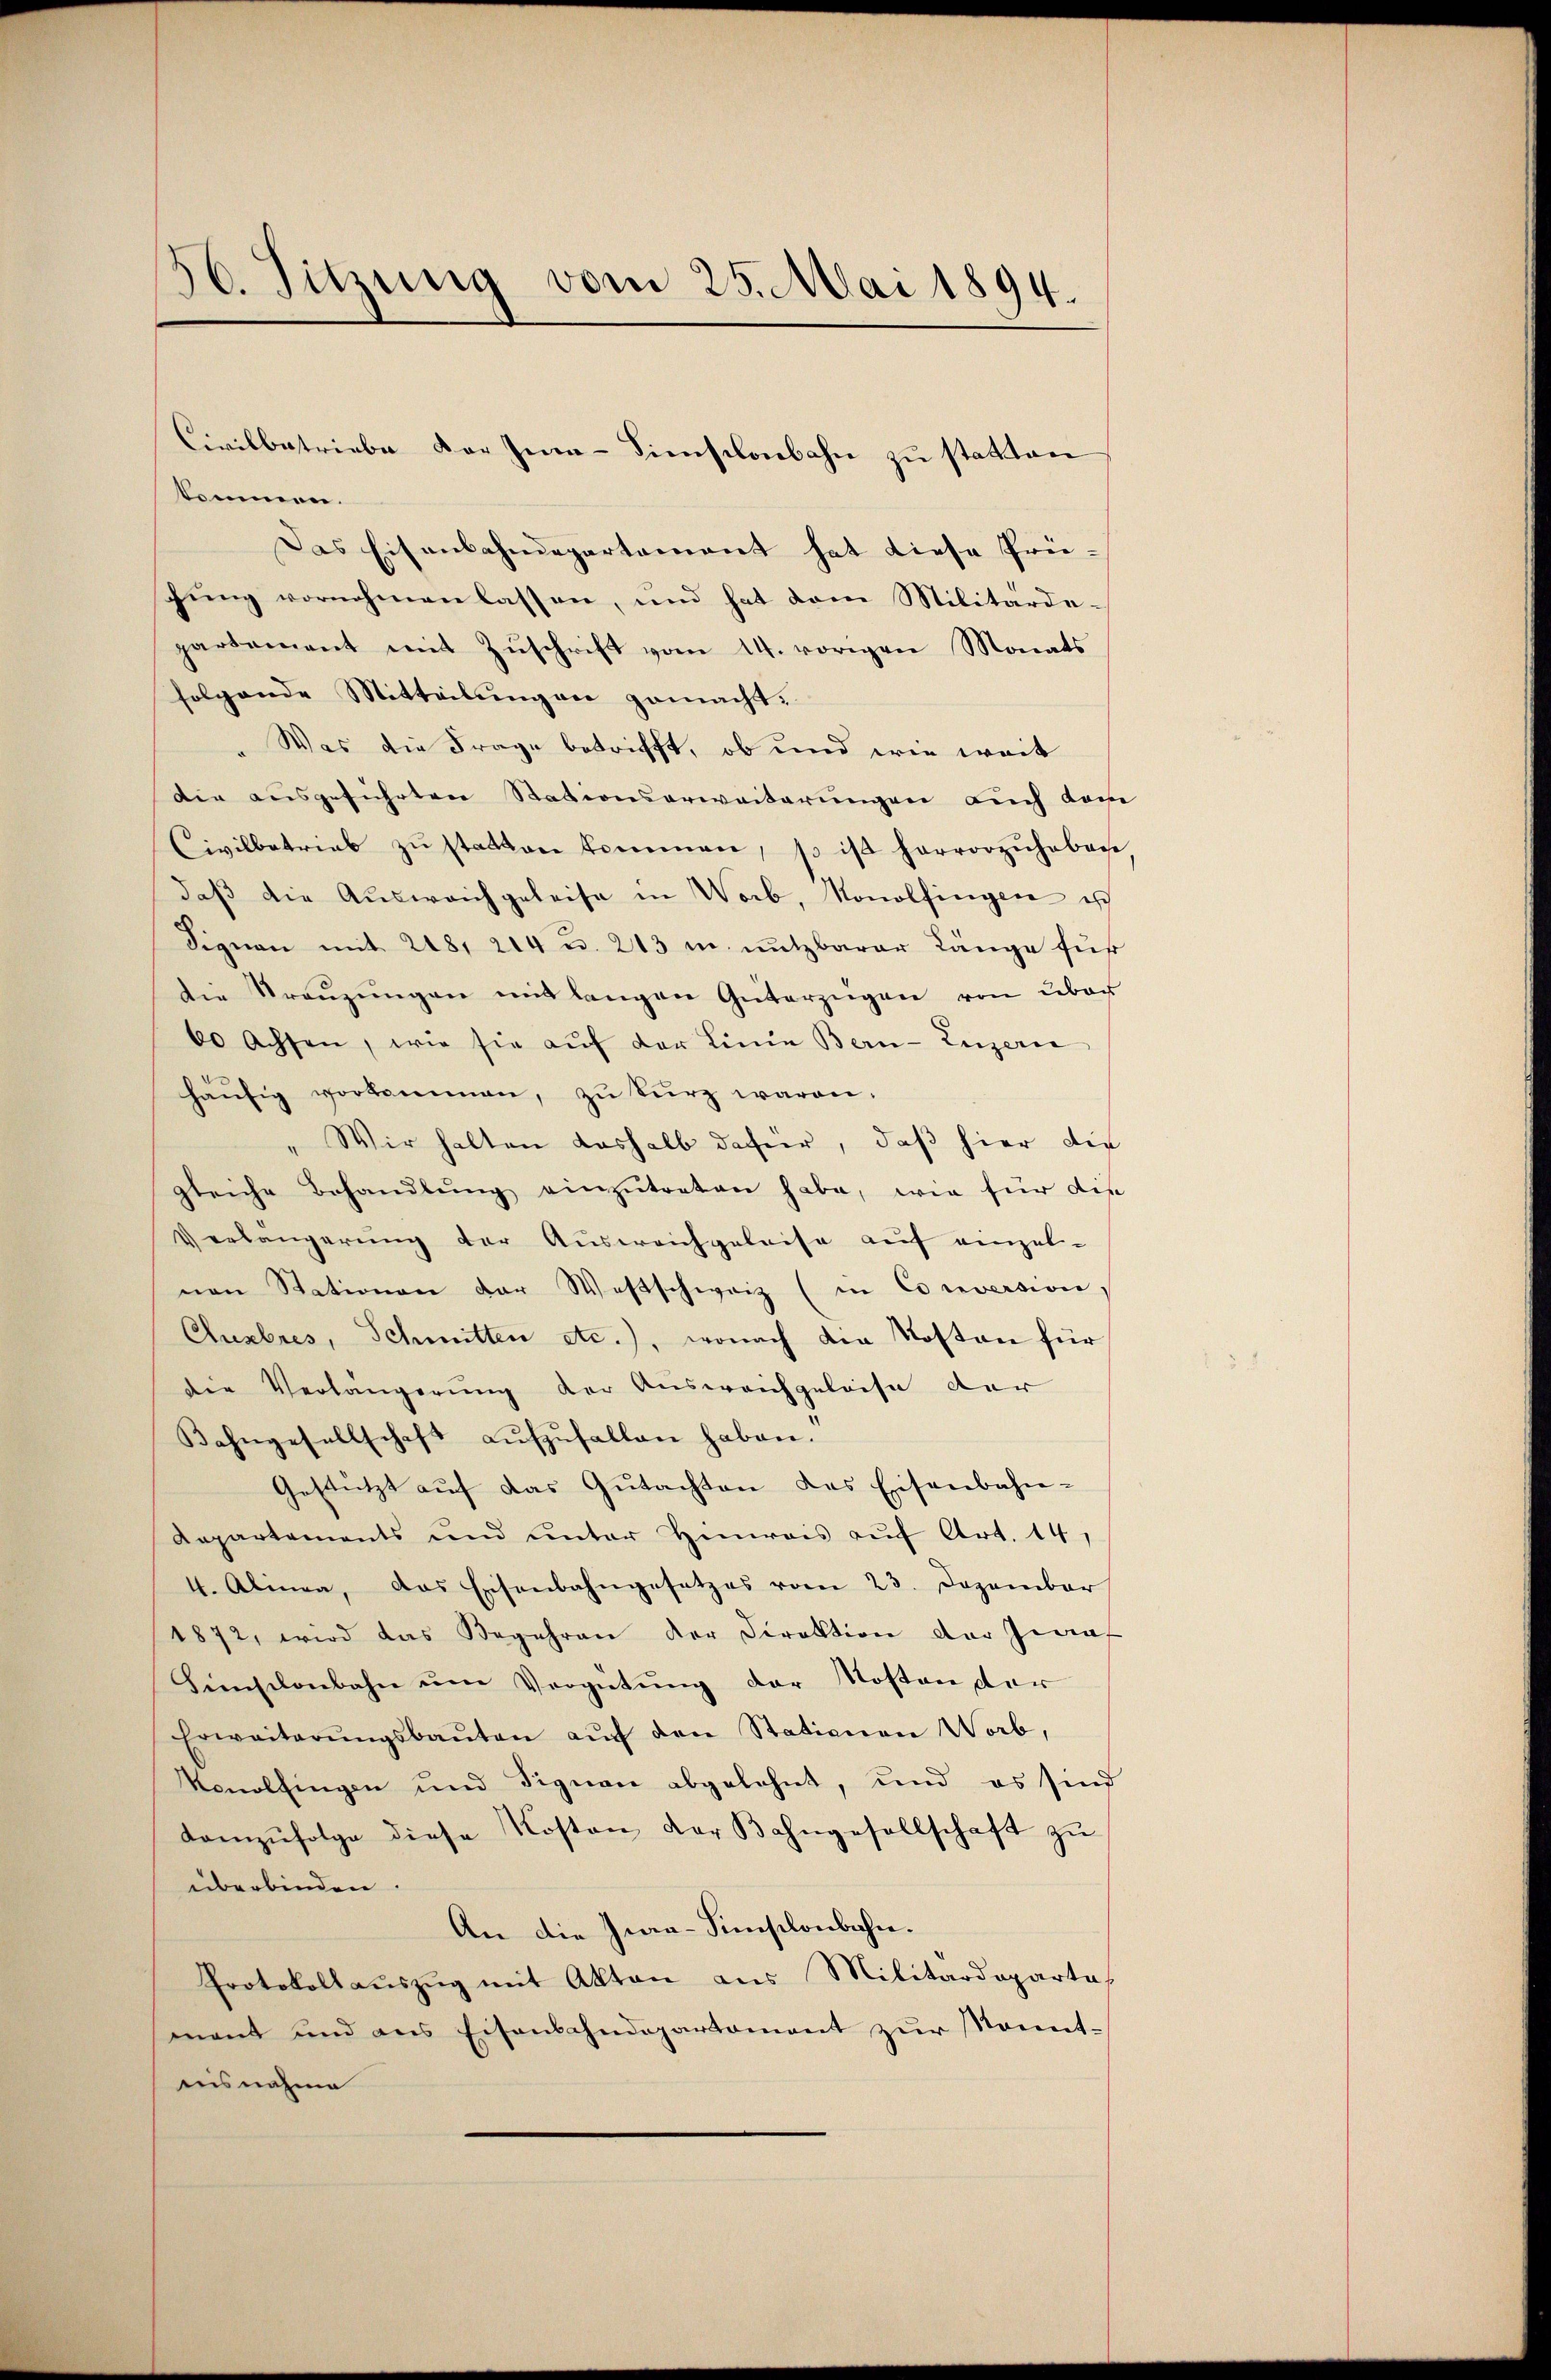
56. Sitzung vom 25. Mai 1894.

kommen.
Das Eisenbahndepartement hat diese Prügŭng vornehmen lassen, und hat dem Militärde-
partement mit Zŭschrift vom 14. vorigen Monats
folgende Mitteilungen gemacht.
Was die Frage betrifft, ob und wie weit
die ausgeführten Stationserweiterungen auch dam
Civilbetrieb zŭ statten kommen, so ist hervorzuheben
daβ die Aŭsweichgeleise in Worb, Konolfingen ist
Signan mit 248, 214 u. 213 u. nutzbarer Länge für
die Kreŭzŭngen mit langen Güterzügen von über
60 Achsen, wie sie aŭf der Linie Bern-Luzerne
häŭfig vorkommen, zŭ kŭrz waren.
" Wir halten deshalb dafür, daß hier die
gleiche Behandlŭng einzŭtreten habe, wie für die
Verlängerung der Ausweichgeleise auf einzel-
nen Stationen der Westschweiz (in Corversione,
Cluzbres, Schmitten etc.), wonach die Kosten für
die Verlängerung der Ausweichgeleise der
Kahngesellschaft aŭfzŭfallen haben.
Gestützt auf das Gutachten des Eisenbahn-
Aepartements und unter Hinweis auf Art. 14,
4. Alinea, das Eisenbahngesetzes vom 23. Dezember
1872, wird das Begehren der Direktion der Zwinf
Hinschenbahn ŭm Vergütung der Kosten der
Erweiterŭngsbaŭten aŭf den Stationen Worb,
Konolfingen und Signan abgelehnt, und es sind
domzŭfolge diese Kosten der Bahngesellschaft zŭ
überbinden.
An die Zwa-Simsilonbahn.
Protokollauszug mit Akten aus Militärdeparta
ment und ans Eisenbahndepartement zŭr Sonnt-
nisnahme

Civilbetriebe der Inn-Dimischenbahn zu statten